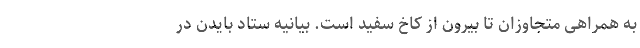
به همراهی متجاوزان تا بیرون از کاخ سفید است. بیانیه ستاد بایدن در